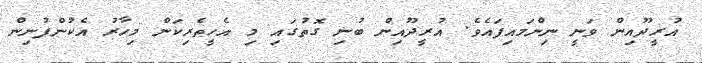
އުރީދޫއިން ވަނީ ނިންމައިފައެވެ. އުރީދޫއިން ބުނި ގޮތުގައި މި އެހީތެރިކަން މިހާރު އެކުންފުނިން